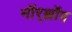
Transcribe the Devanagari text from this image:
नॉर्‌थ्रॉप